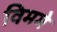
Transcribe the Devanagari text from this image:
विममे